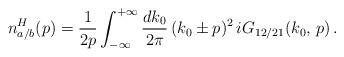
LaTeX: \begin{align*}n_{a / b}^H (p) = \frac{1}{2 p} \int_{- \infty}^{+ \infty} \frac{d k_0}{2 \pi} \, (k_0 \pm p)^2 \, i G_{1 2 / 2 1} (k_0, \, p) \, .\end{align*}